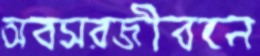
অবসরজীবনে